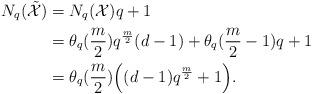
LaTeX: \begin{align*}N_q(\tilde{\mathcal{X}}) &= N_q(\mathcal{X})q +1 \\ &= \theta_q(\frac{m}{2})q^{\frac{m}{2}}(d-1) + \theta_q(\frac{m}{2}-1)q +1 \\ &= \theta_q(\frac{m}{2}) \Bigl( (d-1) q^{\frac{m}{2}}+1 \Bigr).\end{align*}